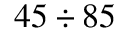
4 5 \div 8 5